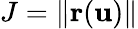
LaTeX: J=\| \mathbf{r}(\mathbf{u})\|